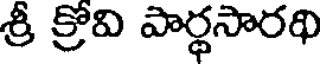
శ్రీ క్రవి పార్థసారథి